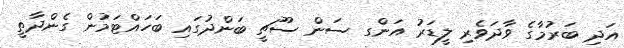
އަދި ބަރުމާގެ ވާދަވެރި ލީޑަރު އަންގ ސަން ސޫޗީ ބަންދުގައި ބަހައްޓަމުން ގެންދާތީ